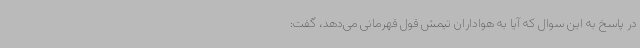
در پاسخ به این سوال که آیا به هواداران تیمش قول قهرمانی می‌دهد، گفت: